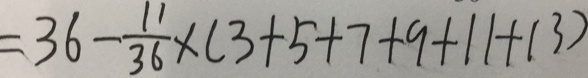
= 3 6 - \frac { 1 1 } { 3 6 } \times ( 3 + 5 + 7 + 9 + 1 1 + 1 3 )